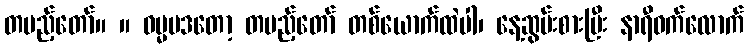
တပည့်တော်။ ။ ဓမ္မပဒတော့ တပည့်တော် တစ်ယောက်ထဲပါ၊ နေ့ဆွမ်းစားပြီး နာရီဝက်လောက်